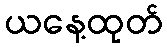
ယနေ့ထုတ်